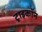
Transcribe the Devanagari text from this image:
ट्राइकॉन